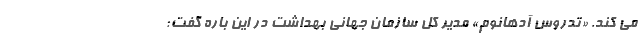
می کند. «تدروس آدهانوم» مدیر کل سازمان جهانی بهداشت در این باره گفت: